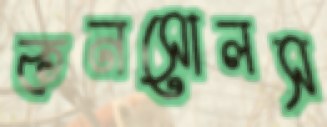
কনসোলস